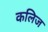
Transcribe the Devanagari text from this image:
कलिज